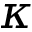
\kappa